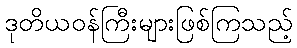
ဒုတိယဝန်ကြီးများဖြစ်ကြသည့်